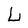
Character: L